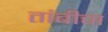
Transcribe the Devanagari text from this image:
तांबीचा